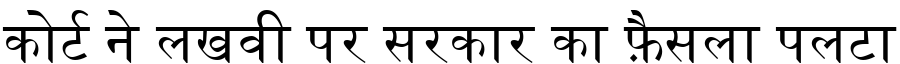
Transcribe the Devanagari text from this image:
कोर्ट ने लखवी पर सरकार का फ़ैसला पलटा